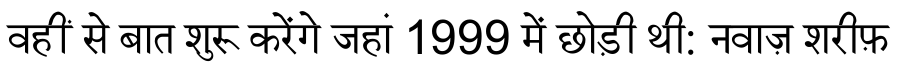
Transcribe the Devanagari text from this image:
वहीं से बात शुरू करेंगे जहां 1999 में छोड़ी थी: नवाज़ शरीफ़